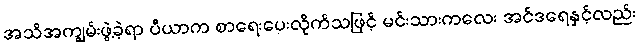
အသိအကျွမ်းဖွဲ့ခဲ့ရာ ပီယာက စာရေးပေးလိုက်သဖြင့် မင်းသားကလေး အင်ဒရေနှင့်လည်း